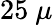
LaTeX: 25~\mu